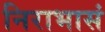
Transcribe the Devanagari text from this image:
निराभासं